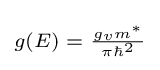
\scriptstyle g(E)\;=\;{\frac {g_{v}m^{*}}{\pi \hbar ^{2}}}